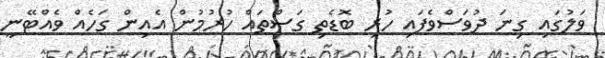
ވަލުގައި ގިނަ ދުވަސްވެފައި ހުރި ބޮޑެތި ގަސްތައް ހުރުމުން އެއިން ގަހެއް ވެއްޓޭނީ